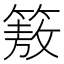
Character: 𮅻